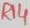
Text: R14